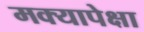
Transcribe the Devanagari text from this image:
मक्यापेक्षा